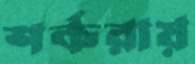
শর্করায়